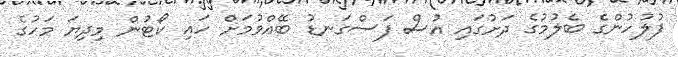
ފުލުހުންގެ ބެލުމުގެ ދަށުގައި އުސް ފަސްގަނޑު ބޭއްވުމަށް ހައި ކޯޓުން މިދިޔަ މަހުގެ